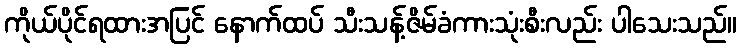
ကိုယ်ပိုင်ရထားအပြင် နောက်ထပ် သီးသန့်ဇိမ်ခံကားသုံးစီးလည်း ပါသေးသည်။